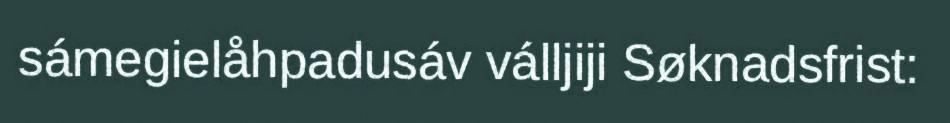
sámegielåhpadusáv válljiji Søknadsfrist: